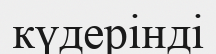
күдерінді